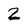
Character: 2